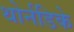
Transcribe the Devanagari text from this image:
थोर्नडिके